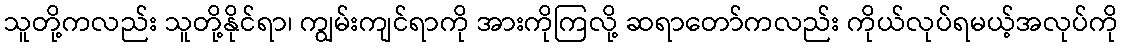
သူတို့ကလည်း သူတို့နိုင်ရာ၊ ကျွမ်းကျင်ရာကို အားကိုကြလို့ ဆရာတော်ကလည်း ကိုယ်လုပ်ရမယ့်အလုပ်ကို